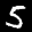
Digit: 5